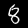
Digit: 8